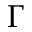
\Gamma